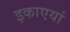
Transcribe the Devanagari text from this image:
इकाएयां